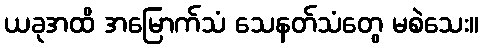
ယခုအထိ အမြောက်သံ သေနတ်သံတွေ မစဲသေး။